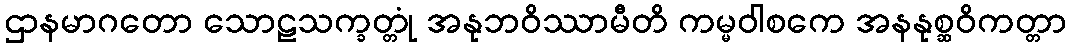
ဌာနမာဂတော သောဠသက္ခတ္တုံ အနုဘဝိဿာမီတိ ကမ္မဝါစကေ အနနုစ္ဆဝိကတ္တာ